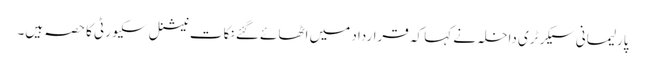
پارلیمانی سیکرٹری داخلہ نے کہا کہ قرارداد میں اٹھائے گئے نکات نیشنل سکیورٹی کا حصہ ہیں۔